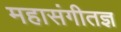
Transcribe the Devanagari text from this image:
महासंगीतज्ञ